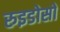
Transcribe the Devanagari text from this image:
रुइडोसो